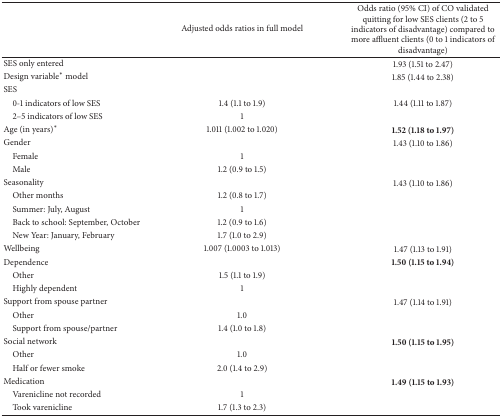
<table><thead><tr><td><b> </b></td><td><b>Adjusted odds ratios in full model</b></td><td><b>Odds ratio (95% CI) of CO validated quitting for low SES clients (2 to 5 indicators of disadvantage) compared to more affluent clients (0 to 1 indicators of disadvantage)</b></td></tr></thead><tbody><tr><td>SES only entered</td><td> </td><td>1.93 (1.51 to 2.47)</td></tr><tr><td>Design variable<sup>∗</sup> model</td><td> </td><td>1.85 (1.44 to 2.38)</td></tr><tr><td>SES</td><td> </td><td> </td></tr><tr><td> 0-1 indicators of low SES</td><td>1.4 (1.1 to 1.9)</td><td>1.44 (1.11 to 1.87)</td></tr><tr><td> 2–5 indicators of low SES</td><td>1</td><td> </td></tr><tr><td>Age (in years)<sup>∗</sup></td><td>1.011 (1.002 to 1.020)</td><td><b>1.52 (1.18 to 1.97)</b></td></tr><tr><td>Gender</td><td> </td><td>1.43 (1.10 to 1.86)</td></tr><tr><td> Female</td><td>1</td><td> </td></tr><tr><td> Male</td><td>1.2 (0.9 to 1.5)</td><td> </td></tr><tr><td>Seasonality</td><td> </td><td>1.43 (1.10 to 1.86)</td></tr><tr><td> Other months</td><td>1.2 (0.8 to 1.7)</td><td> </td></tr><tr><td> Summer: July, August</td><td>1</td><td> </td></tr><tr><td> Back to school: September, October</td><td>1.2 (0.9 to 1.6)</td><td> </td></tr><tr><td> New Year: January, February</td><td>1.7 (1.0 to 2.9)</td><td> </td></tr><tr><td>Wellbeing </td><td>1.007 (1.0003 to 1.013)</td><td>1.47 (1.13 to 1.91)</td></tr><tr><td>Dependence</td><td> </td><td><b>1.50 (1.15 to 1.94)</b></td></tr><tr><td> Other</td><td>1.5 (1.1 to 1.9)</td><td> </td></tr><tr><td> Highly dependent</td><td>1</td><td> </td></tr><tr><td>Support from spouse partner</td><td> </td><td>1.47 (1.14 to 1.91)</td></tr><tr><td> Other</td><td>1.0</td><td> </td></tr><tr><td> Support from spouse/partner</td><td>1.4 (1.0 to 1.8)</td><td> </td></tr><tr><td>Social network</td><td> </td><td><b>1.50 (1.15 to 1.95)</b></td></tr><tr><td> Other</td><td>1.0</td><td> </td></tr><tr><td> Half or fewer smoke</td><td>2.0 (1.4 to 2.9)</td><td> </td></tr><tr><td>Medication</td><td> </td><td><b>1.49 (1.15 to 1.93)</b></td></tr><tr><td> Varenicline not recorded</td><td>1</td><td> </td></tr><tr><td> Took varenicline</td><td>1.7 (1.3 to 2.3)</td><td> </td></tr></tbody></table>